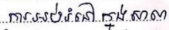
ការអប់រំនៅក្នុងសាលា